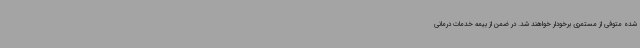
شده متوفی از مستمری برخودار خواهند شد. در ضمن از بیمه خدمات درمانی